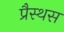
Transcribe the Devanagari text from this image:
प्रैस्थस